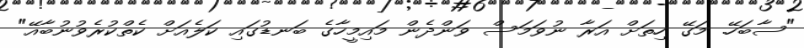
"ސާބަހޭ. މަގޭ ހިތަށް އަރާ ނުވަމަސް ވަންދެން މައިމީހާގެ ބަނޑުގައި ކަލެއަށް ކެތްކުރެވުނުބާއޭ"